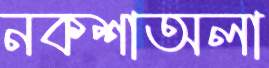
নকশাঅলা